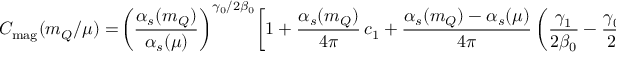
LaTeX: C _ { \mathrm { m a g } } ( m _ { Q } / \mu ) = \! \left( \frac { \alpha _ { s } ( m _ { Q } ) } { \alpha _ { s } ( \mu ) } \right) ^ { \gamma _ { 0 } / 2 \beta _ { 0 } } \! \left[ 1 + \frac { \alpha _ { s } ( m _ { Q } ) } { 4 \pi } \, c _ { 1 } + \frac { \alpha _ { s } ( m _ { Q } ) - \alpha _ { s } ( \mu ) } { 4 \pi } \left( \frac { \gamma _ { 1 } } { 2 \beta _ { 0 } } - \frac { \gamma _ { 0 } \beta _ { 1 } } { 2 \beta _ { 0 } ^ { 2 } } \right) \! + \dots \right] \,